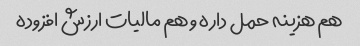
هم هزینه حمل داره و هم مالیات ارزش افزوده